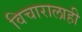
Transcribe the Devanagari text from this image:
विचारालाही